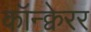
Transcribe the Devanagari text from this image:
कॉन्क्वेरर